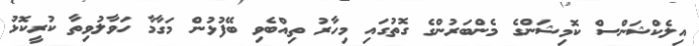
އިލެކްޝަންސް ކޮމިޝަންގެ މެންބަރުންގެ ގޮތުގައި މިހާރު ތިއްބެވި ބޭފުޅުން މަގާމާ ހަވާލުވިތާ ކުރީކޮޅު